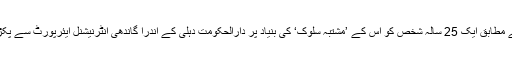
ان کے مطابق ایک 25 سالہ شخص کو اس کے ’مشتبہ سلوک‘ کی بنیاد پر دارالحکومت دہلی کے اندرا گاندھی انٹرنیشنل ایئرپورٹ سے پکڑا گیا۔